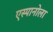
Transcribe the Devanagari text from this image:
एस्पानोला